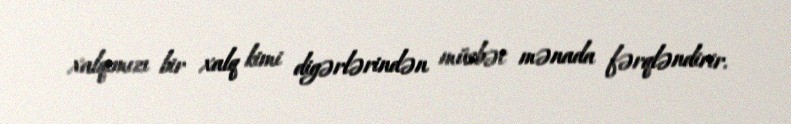
xalqımızı bir xalq kimi digərlərindən müsbət mənada fərqləndirir.